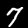
Label: 7